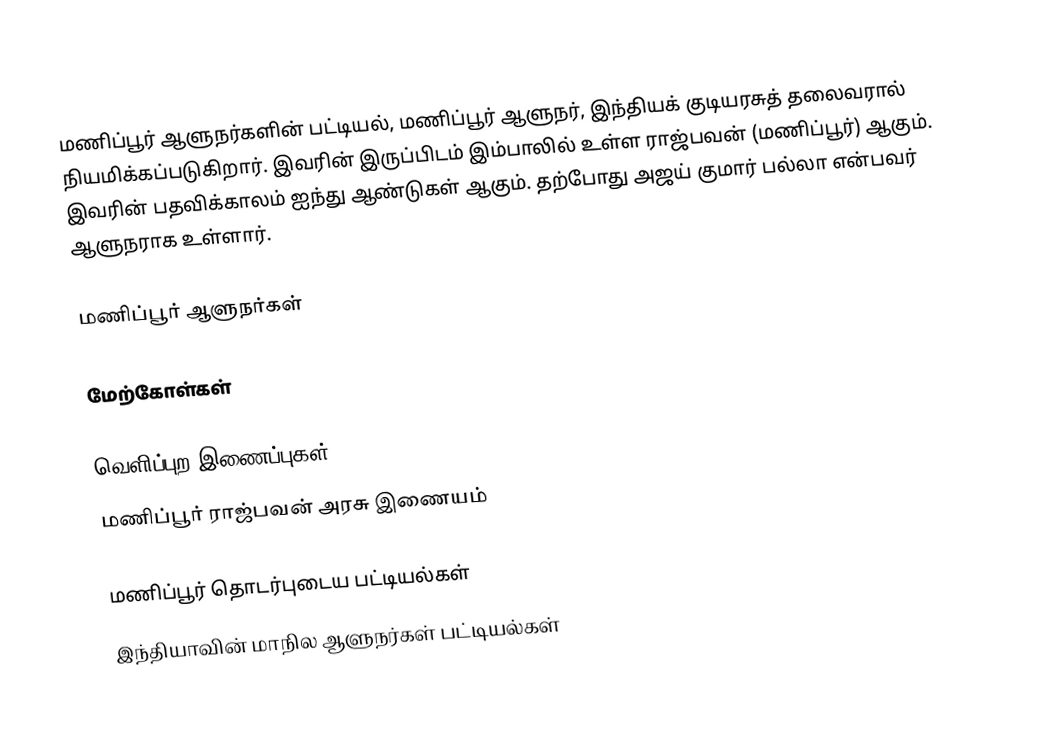
மணிப்பூர் ஆளுநர்களின் பட்டியல், மணிப்பூர் ஆளுநர், இந்தியக் குடியரசுத் தலைவரால் நியமிக்கப்படுகிறார். இவரின் இருப்பிடம் இம்பாலில் உள்ள ராஜ்பவன் (மணிப்பூர்) ஆகும். இவரின் பதவிக்காலம் ஐந்து ஆண்டுகள் ஆகும். தற்போது அஜய் குமார் பல்லா என்பவர் ஆளுநராக உள்ளார்.

மணிப்பூர் ஆளுநர்கள்

மேற்கோள்கள்

வெளிப்புற இணைப்புகள்
 மணிப்பூர் ராஜ்பவன் அரசு இணையம்

மணிப்பூர் தொடர்புடைய பட்டியல்கள்
இந்தியாவின் மாநில ஆளுநர்கள் பட்டியல்கள்